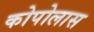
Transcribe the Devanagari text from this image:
कोपोलास